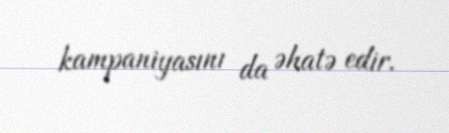
kampaniyasını da əhatə edir.